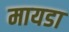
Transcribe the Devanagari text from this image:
मायडा